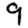
Digit: 9